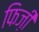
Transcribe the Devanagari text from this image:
फिज़ी